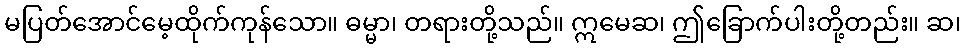
မပြတ်အောင်မေ့ထိုက်ကုန်သော။ ဓမ္မာ၊ တရားတို့သည်။ ဣမေဆ၊ ဤခြောက်ပါးတို့တည်း။ ဆ၊